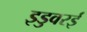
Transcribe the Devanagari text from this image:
इडुवरई